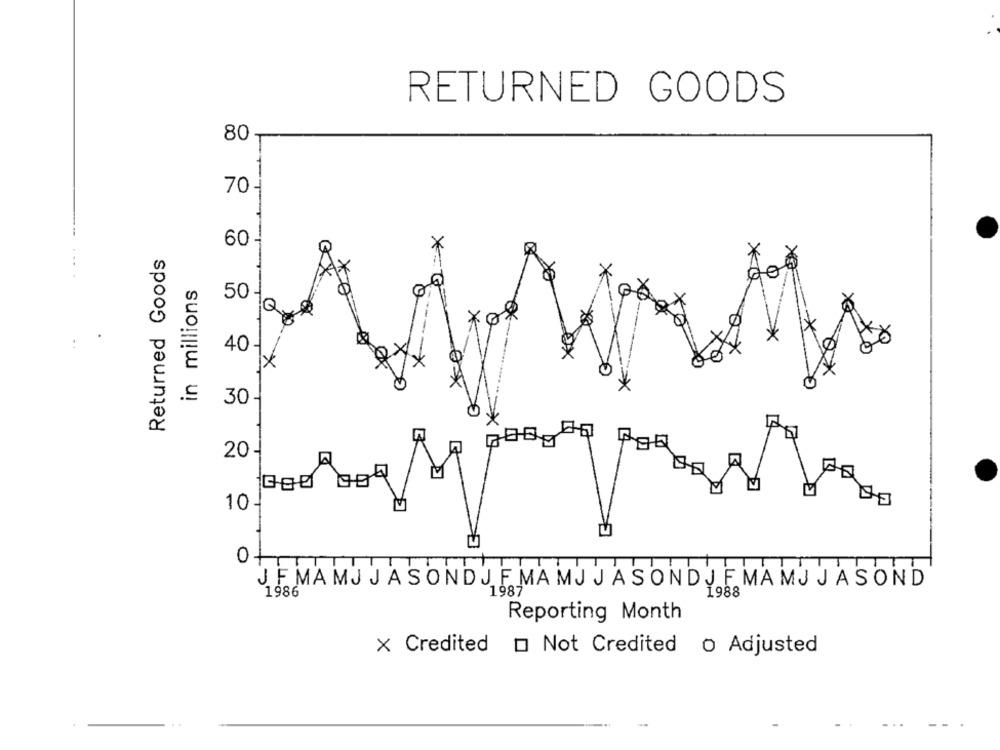
RETURNED GOODS
80
70-
60 -
×
Returned Goods
A
in millions
ox
50 -
*ø
Q
-
40 -
ex
30 -
20 -
M
10-
O
TT
JF MAMJ JASONDJ F MAMJ JASONDJ FMAMJ JASOND
1987'
1986
Reporting Month
× Credited D Not Credited o Adjusted